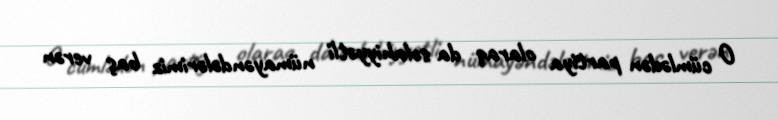
O cümlədən partiya olaraq da səlahiyyətli nümayəndələrimiz baş verən